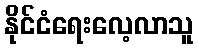
နိုင်ငံရေးလေ့လာသူ